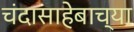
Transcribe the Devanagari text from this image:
चंदासाहेबाच्या